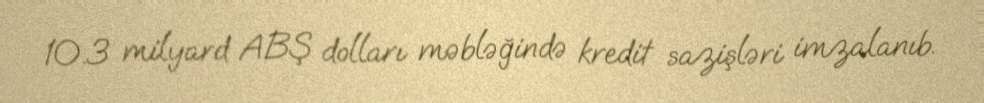
10.3 milyard ABŞ dolları məbləğində kredit sazişləri imzalanıb.